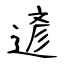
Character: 遃